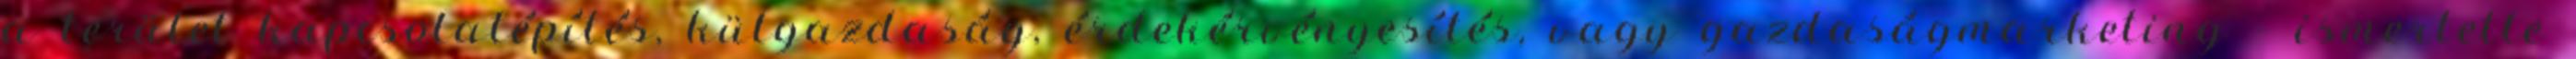
a terület kapcsolatépítés, külgazdaság, érdekérvényesítés, vagy gazdaságmarketing – ismertette